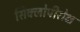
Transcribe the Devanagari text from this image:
सिक्लोपीरोक्ष